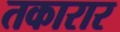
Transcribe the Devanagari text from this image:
तकारार